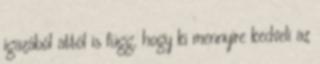
igazából attól is függ, hogy ki mennyire kedveli az